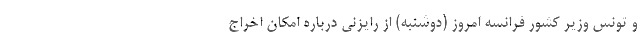
و تونس وزیر کشور فرانسه امروز (دوشنبه) از رایزنی درباره امکان اخراج